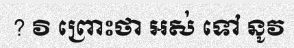
? វិ ព្រោះថា អស់ ទៅ នូវ